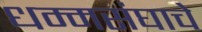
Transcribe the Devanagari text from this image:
धम्मसंघाचे